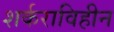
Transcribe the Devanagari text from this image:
शर्कराविहीन